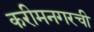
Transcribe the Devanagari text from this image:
करीमनगरची